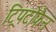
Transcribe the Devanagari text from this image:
ट्रिपटोफैन